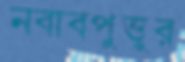
নবাবপুত্তুর